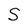
Character: S